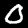
Label: 0